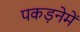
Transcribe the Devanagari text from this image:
पकड़नेमें